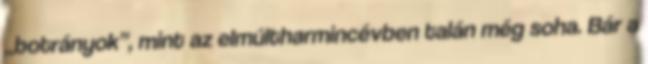
„botrányok”, mint az elmúltharmincévben talán még soha. Bár a